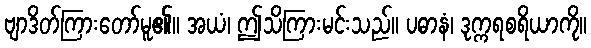
ဗျာဒိတ်ကြားတော်မူ၏။ အယံ၊ ဤသိကြားမင်းသည်။ ပဓာနံ၊ ဒုက္ကရစရိယာကို။